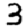
Digit: 3